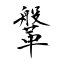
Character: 鞶